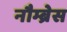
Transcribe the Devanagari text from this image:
नौम्ब्रेस